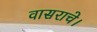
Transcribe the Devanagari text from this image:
वासराचे।